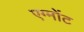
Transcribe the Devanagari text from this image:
एग्मोंट